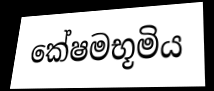
කේෂමභූමිය